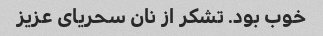
خوب بود. تشکر از نان سحریای عزیز